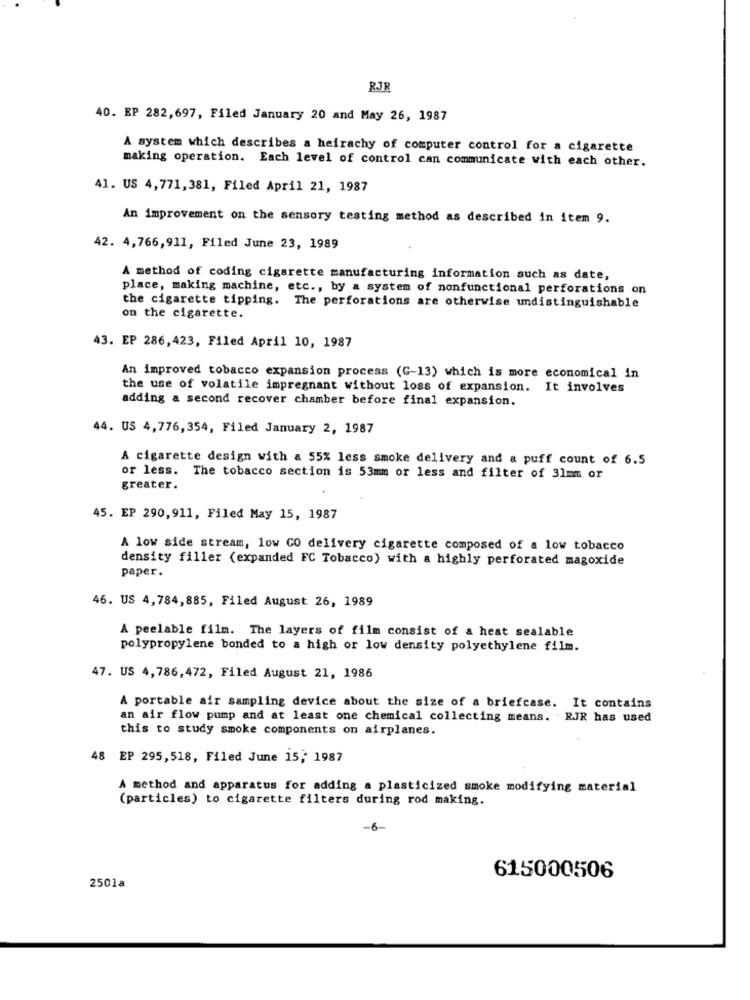
RJR
40. EP 282,697, Filed January 20 and May 26, 1987
A system which describes a heirachy of computer control for a cigarette
making operation. Each level of control can communicate with each other.
41. US 4,771,381, Filed April 21, 1987
An improvement on the sensory testing method as described in item 9.
42. 4,766,911, Filed June 23, 1989
A method of coding cigarette manufacturing information such as date,
place, making machine, etc ., by a system of nonfunctional perforations on
the cigarette tipping. The perforations are otherwise undistinguishable
on the cigarette.
43. EP 286,423, Filed April 10, 1987
An improved tobacco expansion process (G-13) which is more economical in
the use of volatile impregnant without loss of expansion. It involves
adding a second recover chamber before final expansion.
44. US 4,776,354, Filed January 2, 1987
A cigarette design with a 55% less smoke delivery and a puff count of 6.5
or less. The tobacco section is 53mm or less and filter of 31mm or
greater.
45. EP 290,911, Filed May 15, 1987
A low side stream, low CO delivery cigarette composed of a low tobacco
density filler (expanded FC Tobacco) with a highly perforated magoxide
paper.
46. US 4,784,885, Filed August 26, 1989
A peelable film. The layers of film consist of & heat sealable
polypropylene bonded to a high or low density polyethylene film.
47. US 4,786,472, Filed August 21, 1986
A portable air sampling device about the size of a briefcase. It contains
an air flow pump and at least one chemical collecting means. RJR has used
this to study smoke components on airplanes.
48 EP 295,518, Filed June 15; 1987
A method and apparatus for adding a plasticized smoke modifying material
(particles) to cigarette filters during rod making.
615000506
2501a